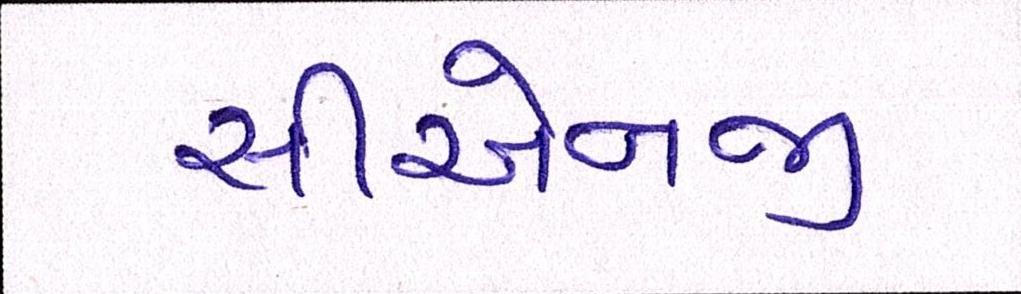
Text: સીએનજી